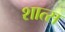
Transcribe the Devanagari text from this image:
शात्स